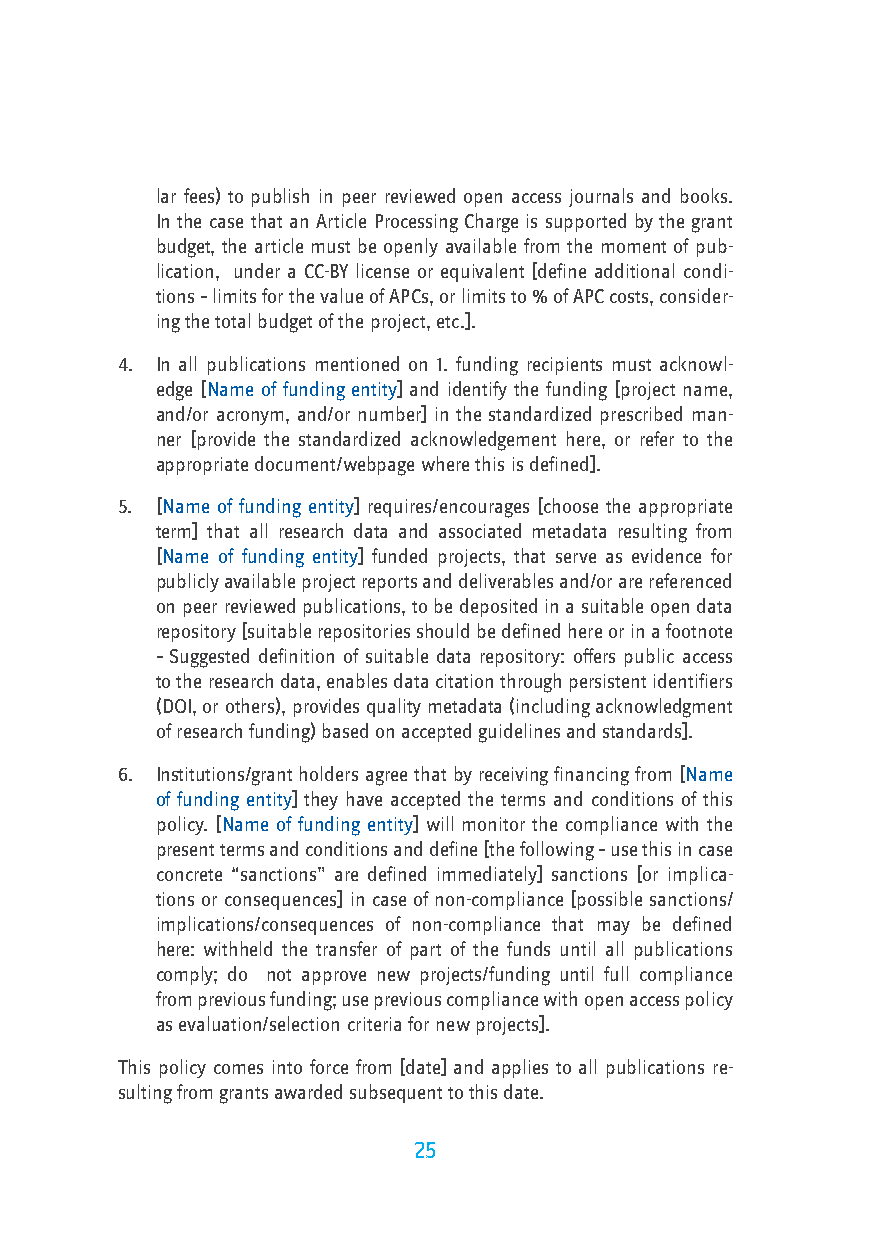
lar fees) to publish in peer reviewed open access journals and books.
 In the case that an Article Processing Charge is supported by the grant
 budget, the article must be openly available from the moment of pub-
 lication, under a CC-BY license or equivalent [define additional condi-
 tions – limits for the value of APCs, or limits to % of APC costs, consider-
 ing the total budget of the project, etc.].
 4. In all publications mentioned on 1. funding recipients must acknowl-
 edge [Name of funding entity] and identify the funding [project name,
 and/or acronym, and/or number] in the standardized prescribed man-
 ner [provide the standardized acknowledgement here, or refer to the
 appropriate document/webpage where this is defined].
 5. [Name of funding entity] requires/encourages [choose the appropriate
 term] that all research data and associated metadata resulting from
 [Name of funding entity] funded projects, that serve as evidence for
 publicly available project reports and deliverables and/or are referenced
 on peer reviewed publications, to be deposited in a suitable open data
 repository [suitable repositories should be defined here or in a footnote
 – Suggested definition of suitable data repository: offers public access
 to the research data, enables data citation through persistent identifiers
 (DOI, or others), provides quality metadata (including acknowledgment
 of research funding) based on accepted guidelines and standards].
 6. Institutions/grant holders agree that by receiving financing from [Name
 of funding entity] they have accepted the terms and conditions of this
 policy. [Name of funding entity] will monitor the compliance with the
 present terms and conditions and define [the following – use this in case
 concrete “sanctions” are defined immediately] sanctions [or implica-
 tions or consequences] in case of non-compliance [possible sanctions/
 implications/consequences of non-compliance that may be defined
 here: withheld the transfer of part of the funds until all publications
 comply; do not approve new projects/funding until full compliance
 from previous funding; use previous compliance with open access policy
 as evaluation/selection criteria for new projects].
 This policy comes into force from [date] and applies to all publications re-
 sulting from grants awarded subsequent to this date.
 25